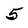
Character: 5